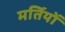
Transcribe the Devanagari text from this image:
मर्तियों